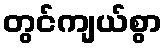
တွင်ကျယ်စွာ